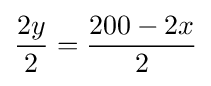
{\frac {2y}{2}}={\frac {200-2x}{2}}